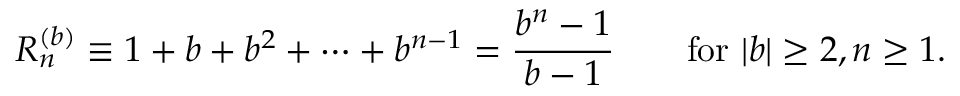
R _ { n } ^ { ( b ) } \equiv 1 + b + b ^ { 2 } + \cdots + b ^ { n - 1 } = { \frac { b ^ { n } - 1 } { b - 1 } } \qquad { \mathrm { f o r ~ } } | b | \geq 2 , n \geq 1 .